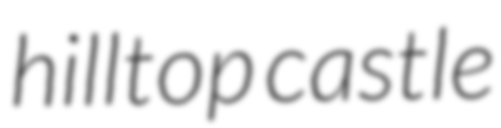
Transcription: hilltop castle